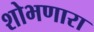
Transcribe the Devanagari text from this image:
शोभणारा